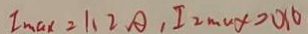
I _ { \max } = 1 . 2 A , I _ { 2 \max } > 0 1 0